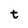
Character: t